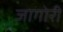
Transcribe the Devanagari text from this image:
जागोरी